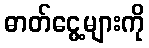
ဓာတ်ငွေ့များကို